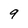
Character: 9